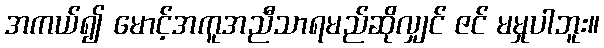
အကယ်၍ မောင့်အကူအညီသာရမည်ဆိုလျှင် ဇင် မမှုပါဘူး။